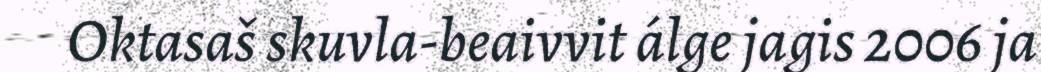
Oktasaš skuvla-beaivvit álge jagis 2006 ja